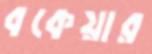
বকেয়ার